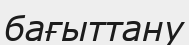
бағыттану